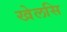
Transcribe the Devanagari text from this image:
खेलसि